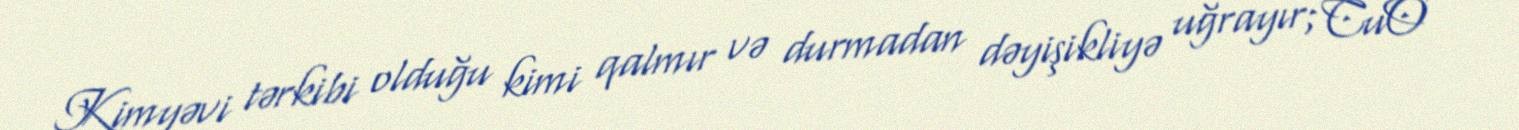
Kimyəvi tərkibi olduğu kimi qalmır və durmadan dəyişikliyə uğrayır; CuO -